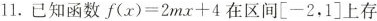
11.已知函数$$f ( x ) = 2 m x + 4$$在区间[-2，1]上存